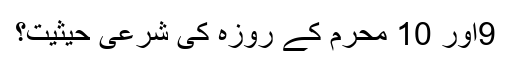
9اور 10 محرم کے روزہ کی شرعی حیثیت؟